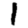
Digit: 1